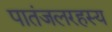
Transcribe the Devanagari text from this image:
पातंजलरहस्य